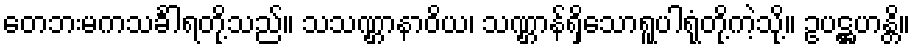
တေဘးမကသင်္ခါရတို့သည်။ သသဏ္ဌာနာဝိယ၊ သဏ္ဌာန်ရှိသောရူပါရုံတို့ကဲ့သို့။ ဥပဋ္ဌဟန္တိ။